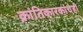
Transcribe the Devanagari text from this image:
क्रांतिकारकांचेही